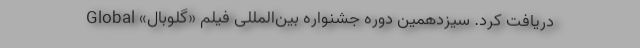
دریافت کرد. سیزدهمین دوره جشنواره بین‌المللی فیلم «گلوبال» Global